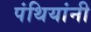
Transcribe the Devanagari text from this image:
पंथियांनी